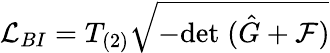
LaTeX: {\cal L}_{BI}=T_{(2)}\sqrt{-\mathrm{det}\; (\hat{G}+{\cal F})}